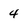
Character: 4